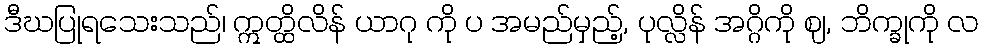
ဒီဃပြုရသေးသည်၊ ဣတ္ထိလိန် ယာဂု ကို ပ အမည်မှည့်, ပုလ္လိန် အဂ္ဂိကို ဈ, ဘိက္ခုကို လ